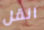
انقل